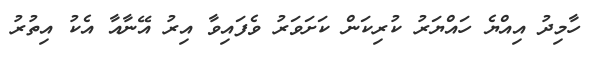
ހާމިދު އިއްޔެ ހައްޔަރު ކުރިކަން ކަށަވަރު ވެފައިވާ އިރު އޭނާއާ އެކު އިތުރު